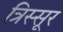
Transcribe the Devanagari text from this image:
त्रिस्सूर